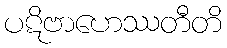
ပဋိဗာဟေဿတီတိ